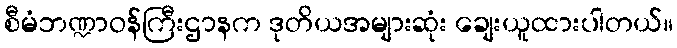
စီမံဘဏ္ဍာဝန်ကြီးဌာနက ဒုတိယအများဆုံး ချေးယူထားပါတယ်။